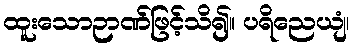
ထူးသောဉာဏ်ဖြင့်သိ၍။ ပရိညေယျံ၊